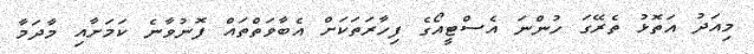
މިއަދު އަތޮޅު ތެރޭގަ ހުންނަ އެސްޓީއޯގެ ފިހާރަތަކަށް އެބާވަތްތައް ފޮނުވާނެ ކަމަށާއި މާދަމާ